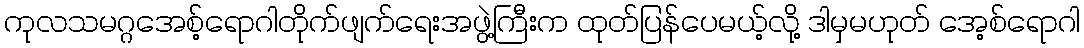
ကုလသမဂ္ဂအေစ့်ရောဂါတိုက်ဖျက်ရေးအဖွဲ့ကြီးက ထုတ်ပြန်ပေမယ့်လို့ ဒါမှမဟုတ် အေ့စ်ရောဂါ